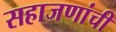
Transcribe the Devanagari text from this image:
सहाजणांची